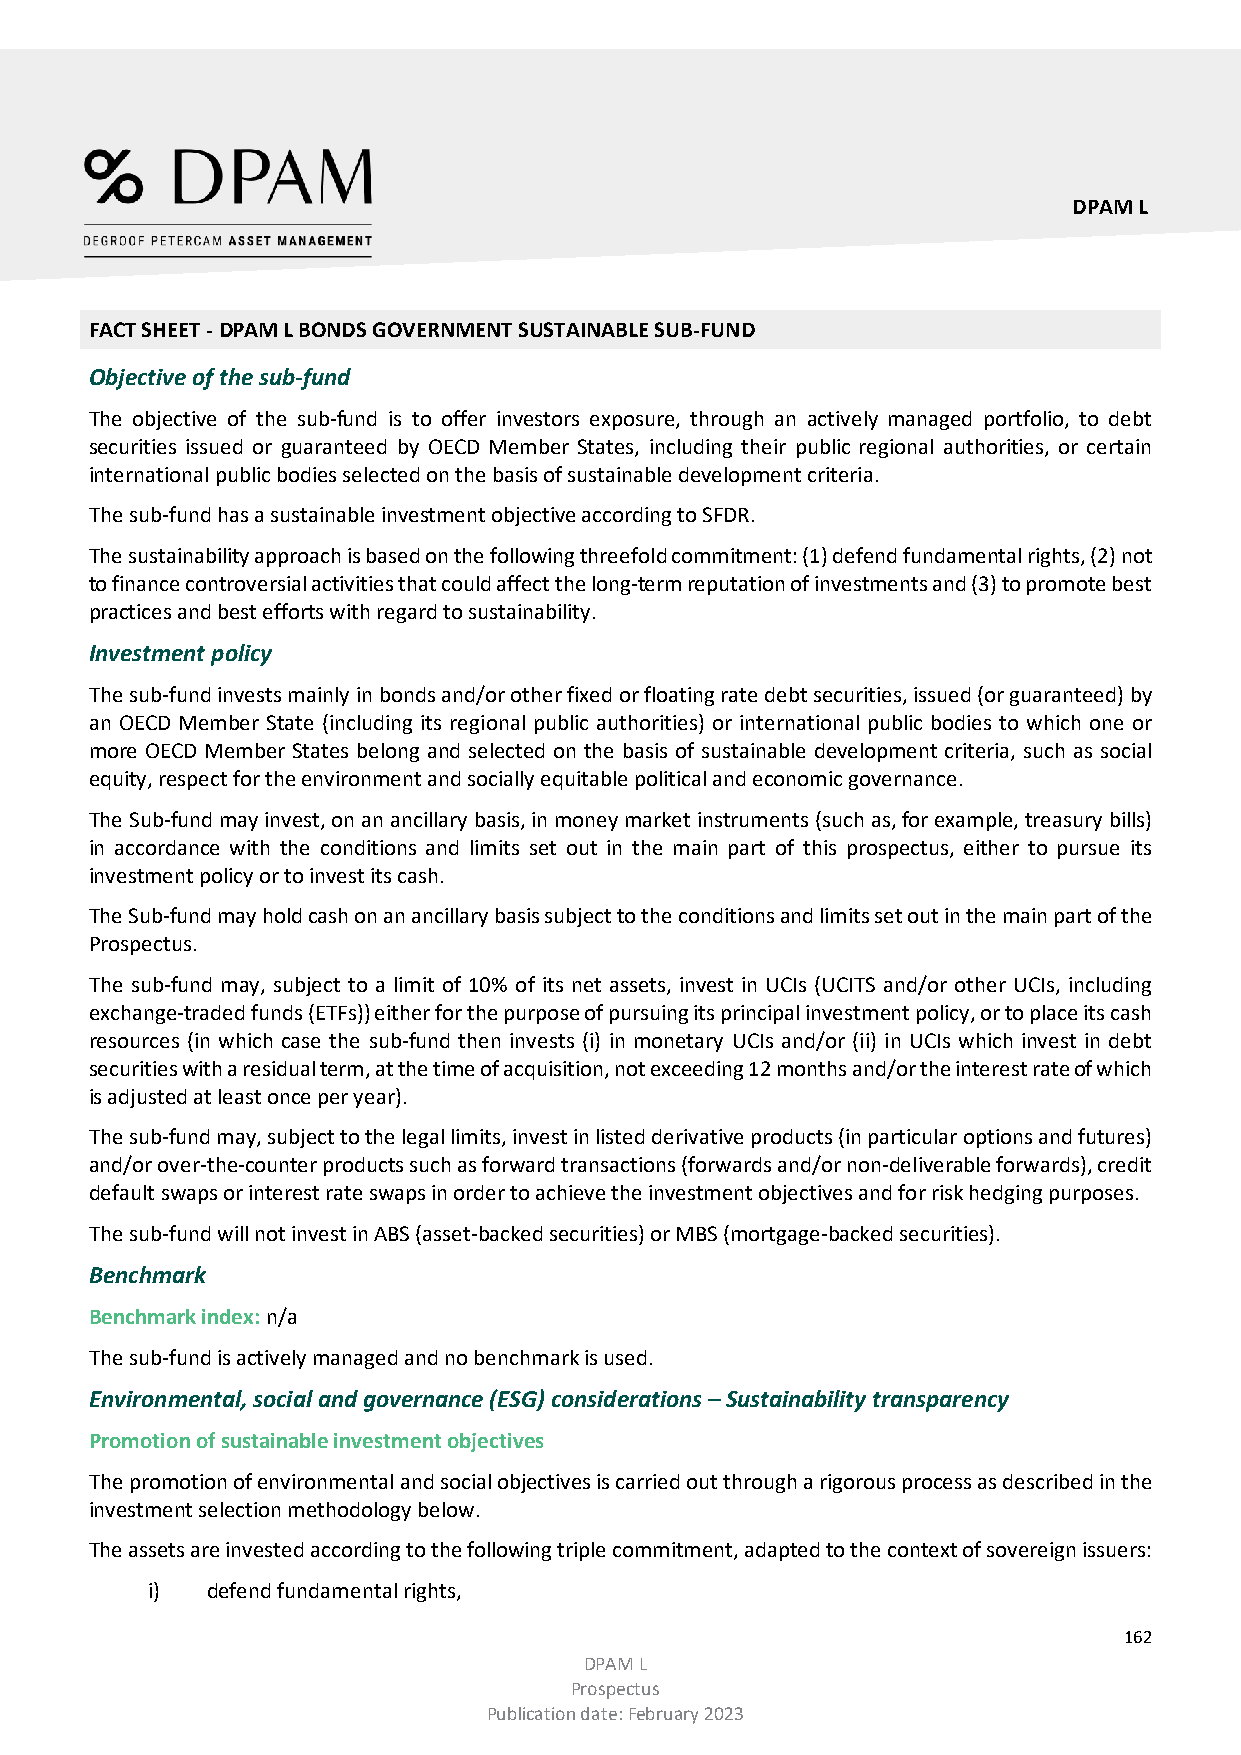
DPAM L
 FACT SHEET - DPAM L BONDS GOVERNMENT SUSTAINABLE SUB-FUND
 Objective of the sub-fund
 The objective of the sub-fund is to offer investors exposure, through an actively managed portfolio, to debt
 securities issued or guaranteed by OECD Member States, including their public regional authorities, or certain
 international public bodies selected on the basis of sustainable development criteria.
 The sub-fund has a sustainable investment objective according to SFDR.
 The sustainability approach is based on the following threefold commitment: (1) defend fundamental rights, (2) not
 to finance controversial activities that could affect the long-term reputation of investments and (3) to promote best
 practices and best efforts with regard to sustainability.
 Investment policy
 The sub-fund invests mainly in bonds and/or other fixed or floating rate debt securities, issued (or guaranteed) by
 an OECD Member State (including its regional public authorities) or international public bodies to which one or
 more OECD Member States belong and selected on the basis of sustainable development criteria, such as social
 equity, respect for the environment and socially equitable political and economic governance.
 The Sub-fund may invest, on an ancillary basis, in money market instruments (such as, for example, treasury bills)
 in accordance with the conditions and limits set out in the main part of this prospectus, either to pursue its
 investment policy or to invest its cash.
 The Sub-fund may hold cash on an ancillary basis subject to the conditions and limits set out in the main part of the
 Prospectus.
 The sub-fund may, subject to a limit of 10% of its net assets, invest in UCIs (UCITS and/or other UCIs, including
 exchange-traded funds (ETFs)) either for the purpose of pursuing its principal investment policy, or to place its cash
 resources (in which case the sub-fund then invests (i) in monetary UCIs and/or (ii) in UCIs which invest in debt
 securities with a residual term, at the time of acquisition, not exceeding 12 months and/or the interest rate of which
 is adjusted at least once per year).
 The sub-fund may, subject to the legal limits, invest in listed derivative products (in particular options and futures)
 and/or over-the-counter products such as forward transactions (forwards and/or non-deliverable forwards), credit
 default swaps or interest rate swaps in order to achieve the investment objectives and for risk hedging purposes.
 The sub-fund will not invest in ABS (asset-backed securities) or MBS (mortgage-backed securities).
 Benchmark
 Benchmark index: n/a
 The sub-fund is actively managed and no benchmark is used.
 Environmental, social and governance (ESG) considerations – Sustainability transparency
 Promotion of sustainable investment objectives
 The promotion of environmental and social objectives is carried out through a rigorous process as described in the
 investment selection methodology below.
 The assets are invested according to the following triple commitment, adapted to the context of sovereign issuers:
 i)  defend fundamental rights,
 162
 DPAM L
 Prospectus
 Publication date: February 2023